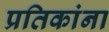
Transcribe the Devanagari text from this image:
प्रतिकांना